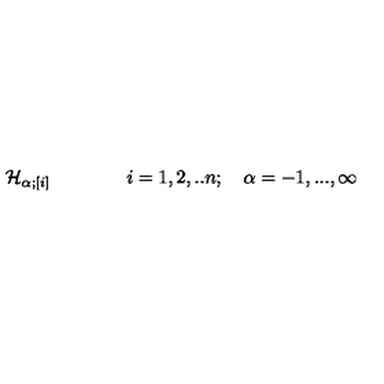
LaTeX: { \cal H } _ { \alpha ; [ i ] } \qquad \qquad i = 1 , 2 , . . n ; \quad \alpha = - 1 , . . . , \infty